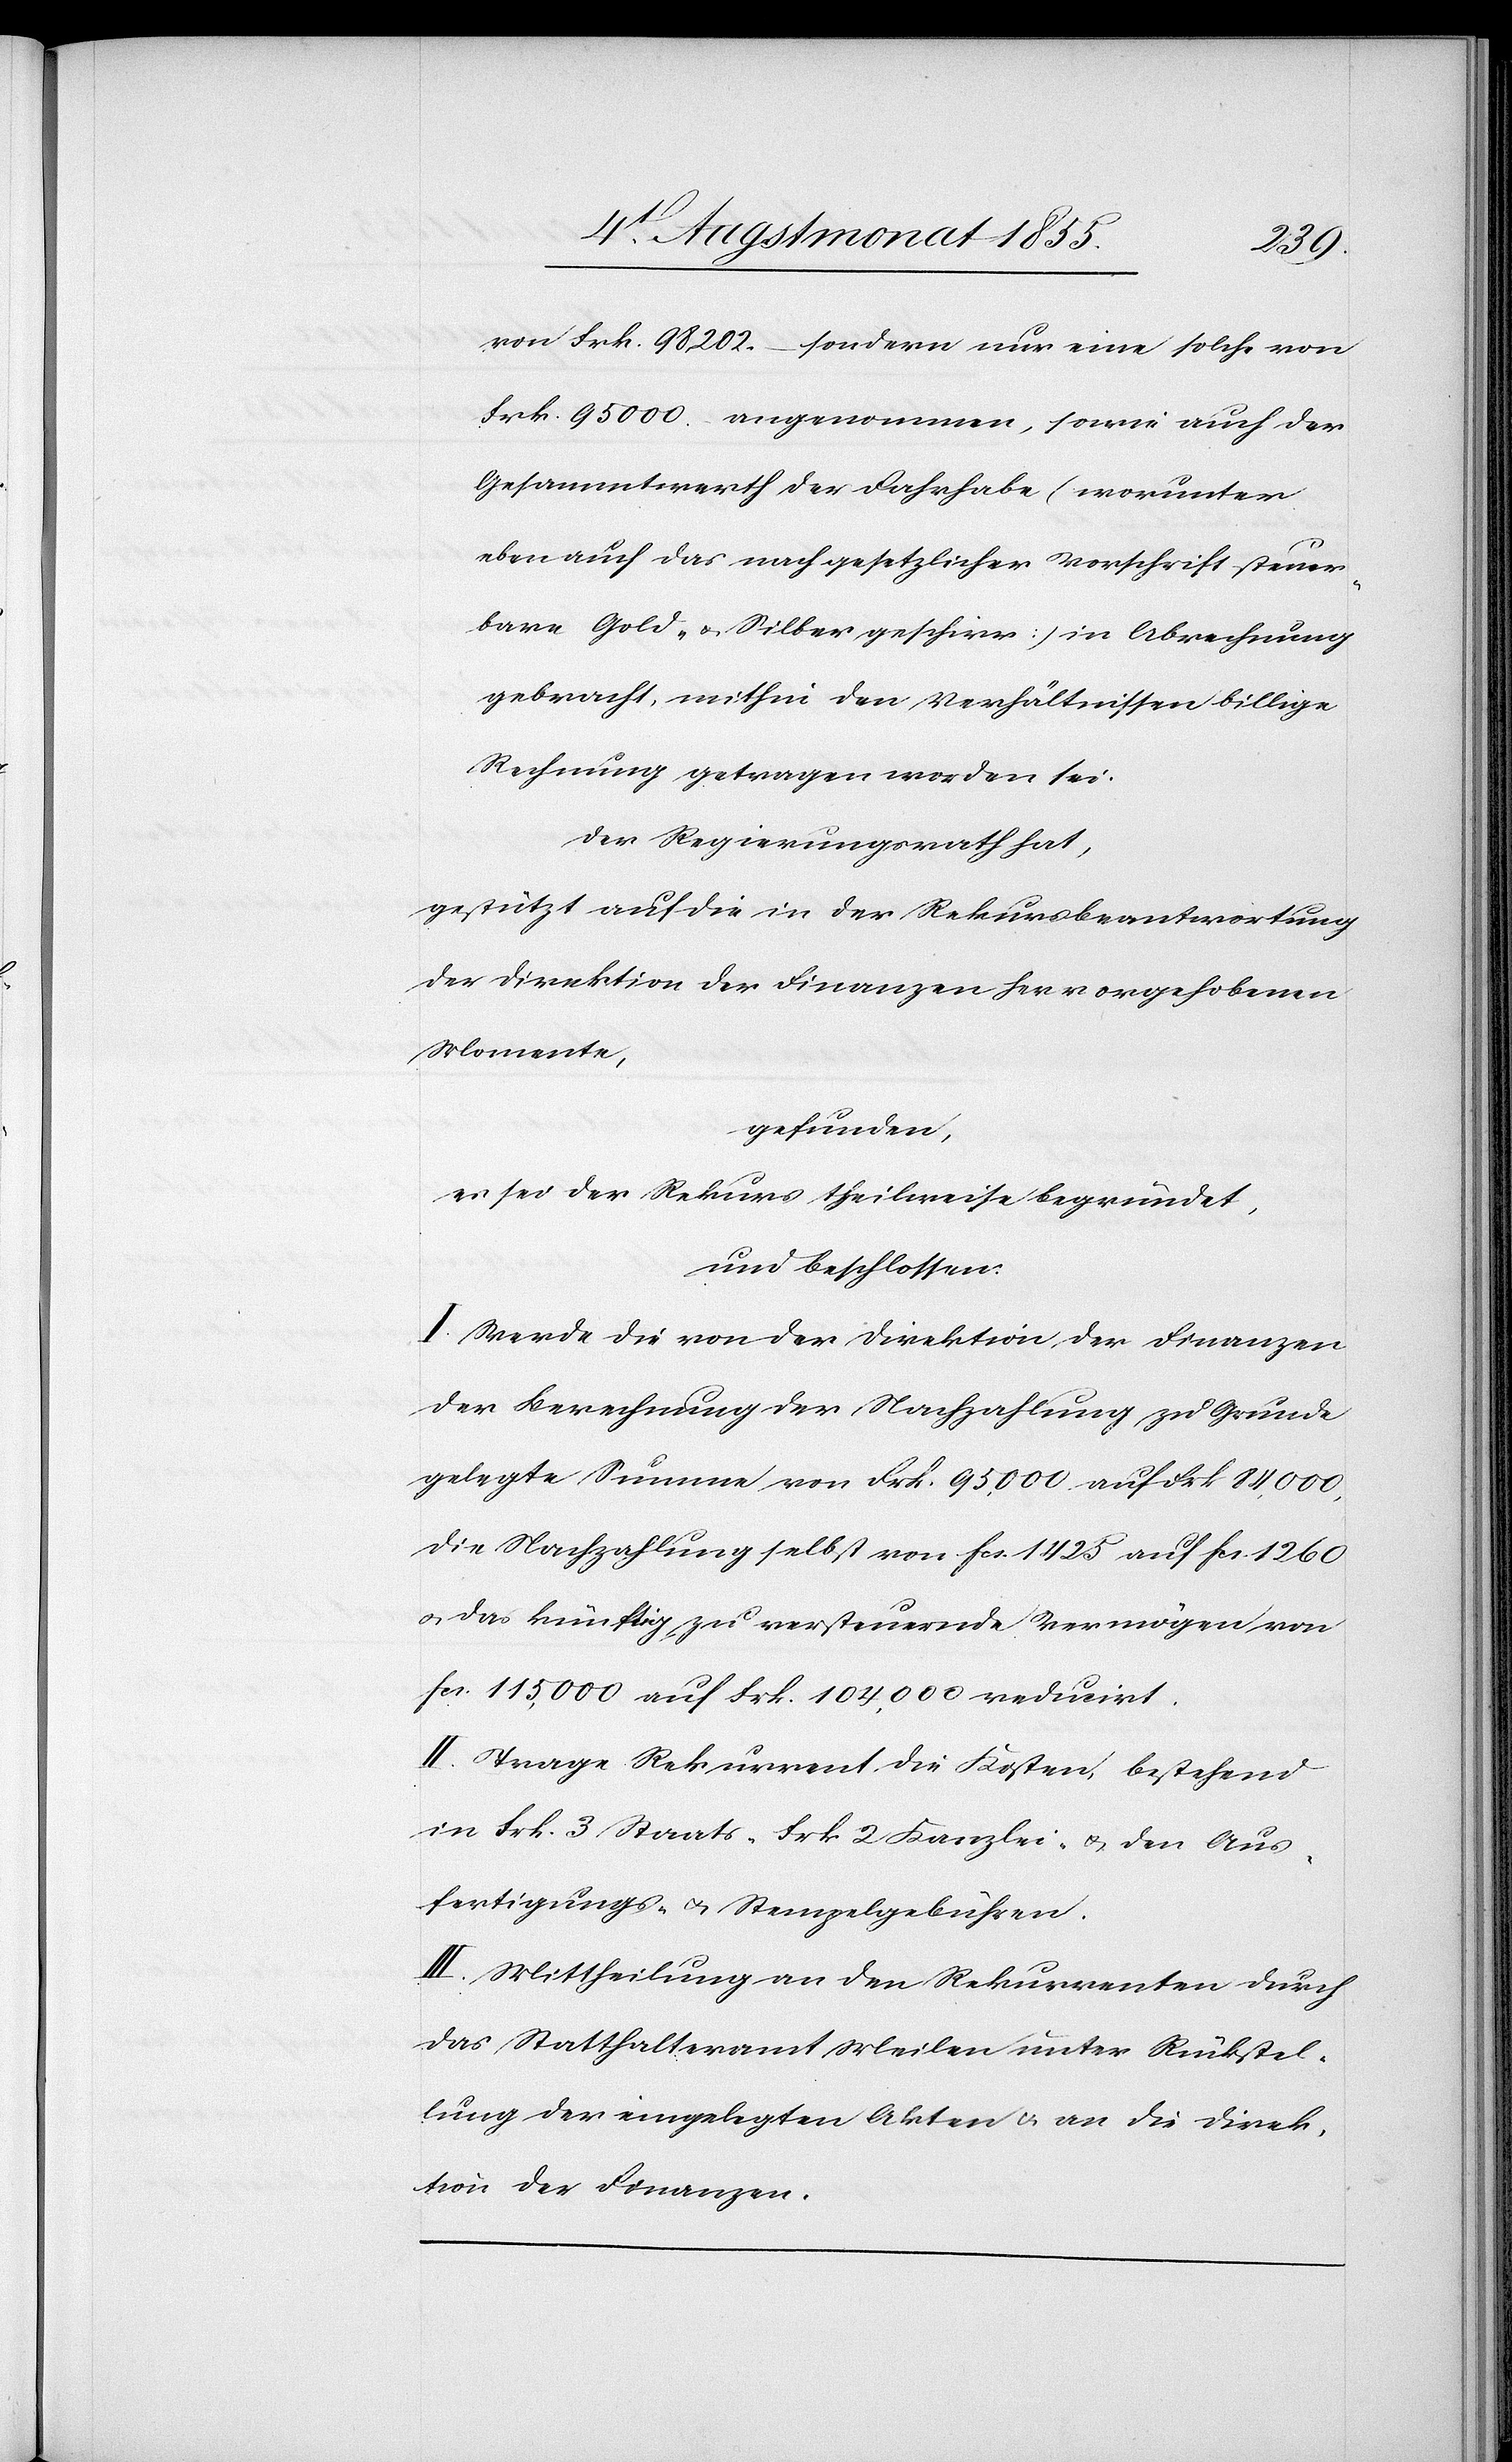
von Frk. 98,202.– sondern nur eine solche von
Frk. 95 000.– angenommen, sowie auch der
Gesammtwerth der Fahrhabe (worunter
eben auch das nach gesetzlicher Vorschrift steuer¬
bare Gold- & Silbergeschirr) in Abrechnung
gebracht, mithin den Verhältnissen billige
Rechnung getragen worden sei.
Der Regierungsrath hat,
gestützt auf die in der Rekursbeantwortung
der Direktion der Finanzen hervorgehobenen
Momente,
gefunden,
es sei der Rekurs theilweise begründet,
und beschlossen:
I. Werde die von der Direktion der Finanzen
der Berechnung der Nachzahlung zu Grunde
gelegte Summe von Frk. 95,000. auf Frk. 84,000,
die Nachzahlung selbst von Fcs. 1425 auf Fcs. 1260
& das künftig zu versteuernde Vermögen von
Fcs. 115,000 auf Frk. 104,000 reducirt.
II. Trage Rekurrent die Kosten, bestehend
in Frk. 3 Staats-[,] Frk. 2 Kanzlei- & den Aus¬
fertigungs- & Stempelgebühren.
III. Mittheilung an den Rekurrenten durch
das Statthalteramt Meilen unter Rückstel¬
lung der eingelegten Akten & an die Direk¬
tion der Finanzen.